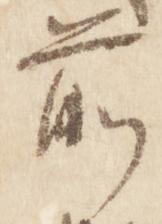
前